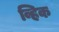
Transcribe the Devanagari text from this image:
व्हिक